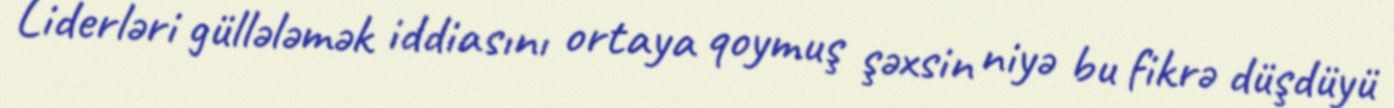
Liderləri güllələmək iddiasını ortaya qoymuş şəxsin niyə bu fikrə düşdüyü